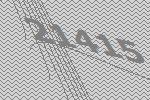
21415